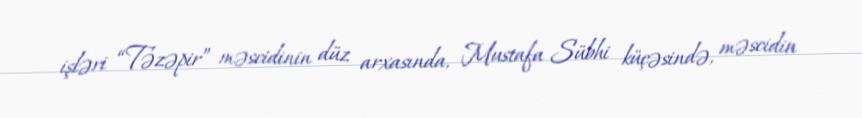
işləri “Təzəpir” məscidinin düz arxasında, Mustafa Sübhi küçəsində, məscidin